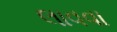
લાવવા